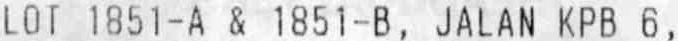
LOT 1851-A & 1851-B , JALAN KPB 6 ,